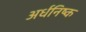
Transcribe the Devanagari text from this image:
अर्धनिष्क